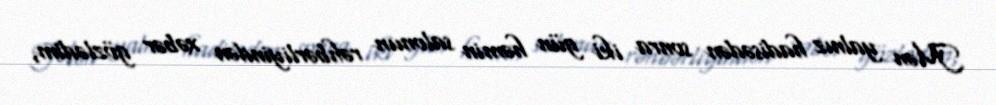
Mən yalnız hadisədən sonra iki gün həmin salonun rəhbərliyindən xəbər gözlədim,